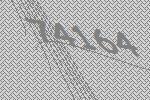
74164